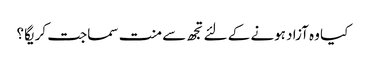
کیا وہ آزاد ہونے کے لئے تجھ سے منت سماجت کریگا ؟